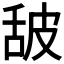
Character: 𰯿